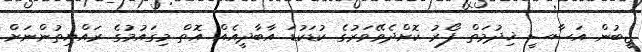
ޖީބުން އަސާސީ ޚިދުމަތް ފޯރު ކޮށްދެވޭވަރުގެ ކުޑަކުޑަ އާބާދީއެއް އޮތް މިގައުމުގެ ރައްޔިތުންނަށް